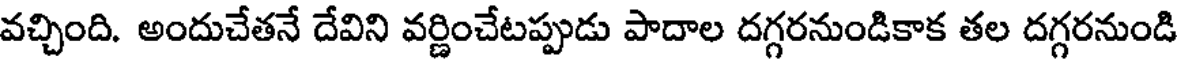
వచ్చింది. అందుచేతనే దేవిని వర్ణించేటప్పుడు పాదాల దగ్గరనుండికాక తల దగ్గరనుండి